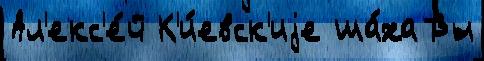
Ал'екс'е́й К'и́евск'иjе ша́ха Вы